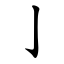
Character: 亅